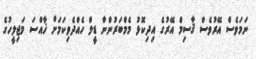
ނަމަވެސް އޭރުވެސް ޤާސިމް އޭރުގެ އިދިކޮޅު މެމްބަރުންނާ ޑީލް ހެއްދެވިކަމަށް ޚާއްސަ މަޖިލީހުގެ